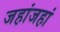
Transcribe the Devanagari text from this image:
जहांजहां